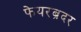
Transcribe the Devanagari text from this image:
फेयरब्रदर